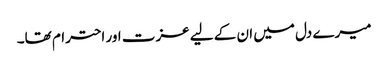
میرے دل میں ان کے لیے عزت اور احترام تھا۔